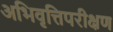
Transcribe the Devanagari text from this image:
अभिवृत्तिपरीक्षण